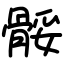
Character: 骽